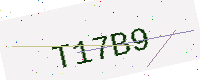
Text: T17B9